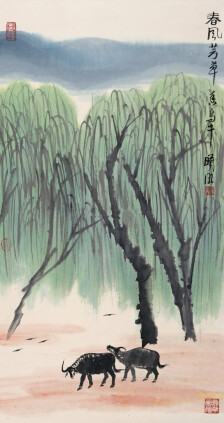
楼头残梦五更钟，花底离情三月雨。